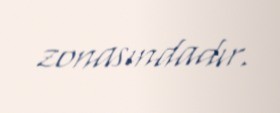
zonasındadır.